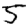
Digit: 5